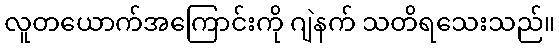
လူတယောက်အကြောင်းကို ဂျဲနက် သတိရသေးသည်။